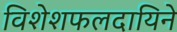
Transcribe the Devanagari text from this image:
विशेशफलदायिने